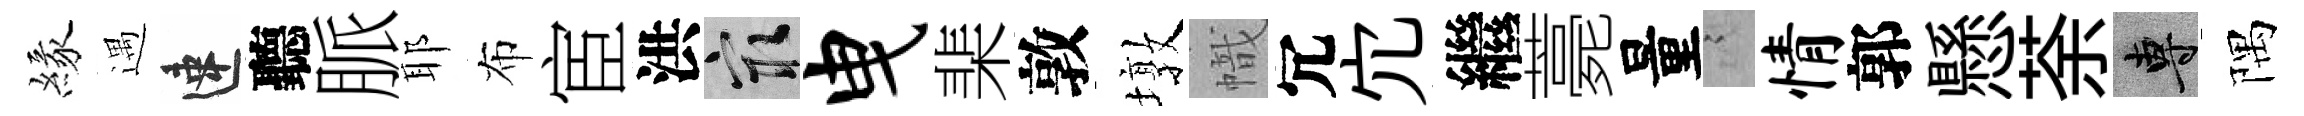
緣遇速聽脈耶布宦洪冣曳棐敦墩幟冗宂繼薧量謭情郭懸荼專隅